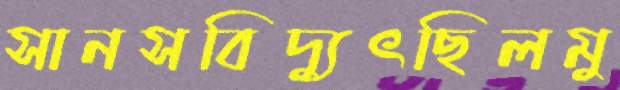
সানসবিদ্যুৎছিলমু